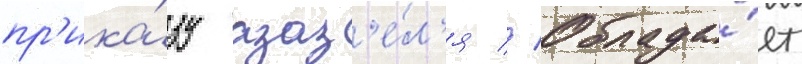
пр'ика́зу азаз'е́л'я // Облада́ет